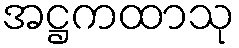
အဋ္ဌကထာသု